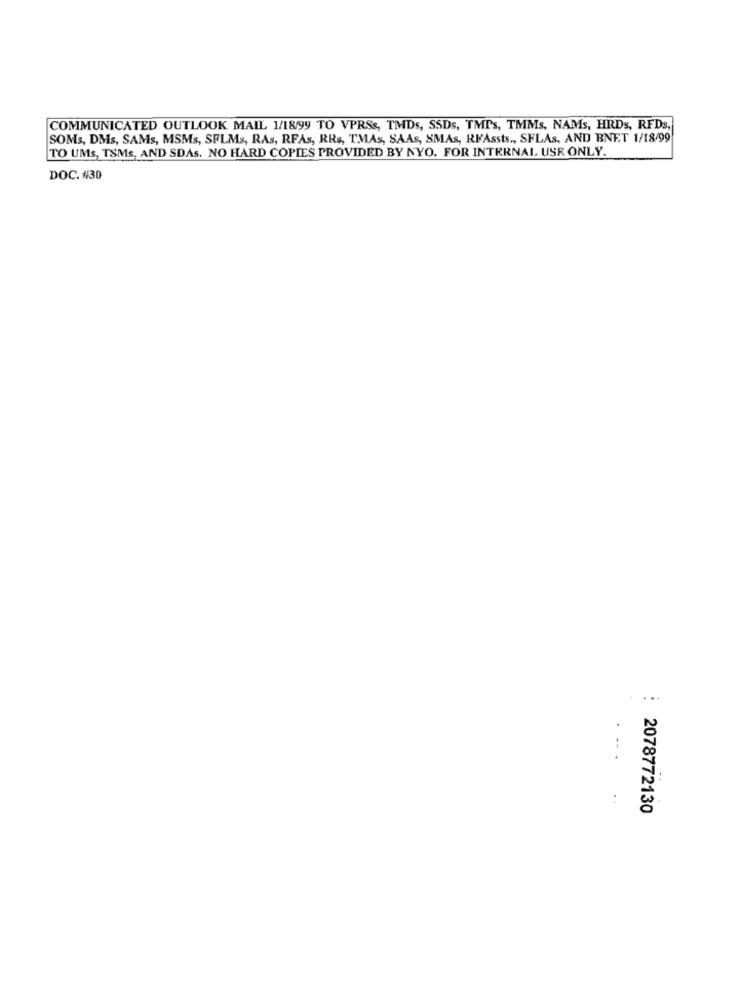
COMMUNICATED OUTLOOK MAIL 1/18/99 TO VPRSs, TMDs, SSDs, TMPs, TMMs, NAMs, HRDs, RFDs,
SOMs, DMs, SAMs, MSMs, SFLMs, RAs, RFAs, RRs, TMAs, SAAs, SMAs, RFAssts ., SFLAs, AND BNET 1/18/99
TO UMs, TSMs, AND SDAS. NO HARD COPIES PROVIDED BY NYO. FOR INTERNAL USR ONLY.
DOC. #30
...
..
2078772130